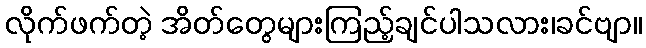
လိုက်ဖက်တဲ့ အိတ်တွေများကြည့်ချင်ပါသလား၊ခင်ဗျာ။